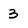
Character: 3